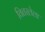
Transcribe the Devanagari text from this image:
वितरलेला